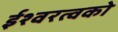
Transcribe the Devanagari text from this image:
ईश्वरत्वको